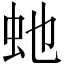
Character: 虵